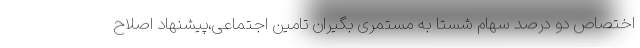
اختصاص دو درصد سهام شستا به مستمری بگیران تامین اجتماعی،پیشنهاد اصلاح